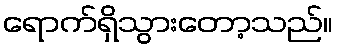
ရောက်ရှိသွားတော့သည်။